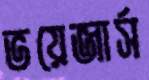
ভয়েজার্স